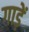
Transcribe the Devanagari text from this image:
गाड़ें